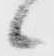
候